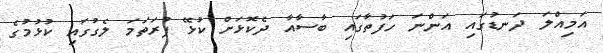
އަމިއްލަ ދަނޑުގައި އަންނަ ހަފުތާގައި ބާސާއާ ދެކޮޅަށް ކުޅޭ ފުރަތަމަ ލެގުގައި ކުޅުމުގެ